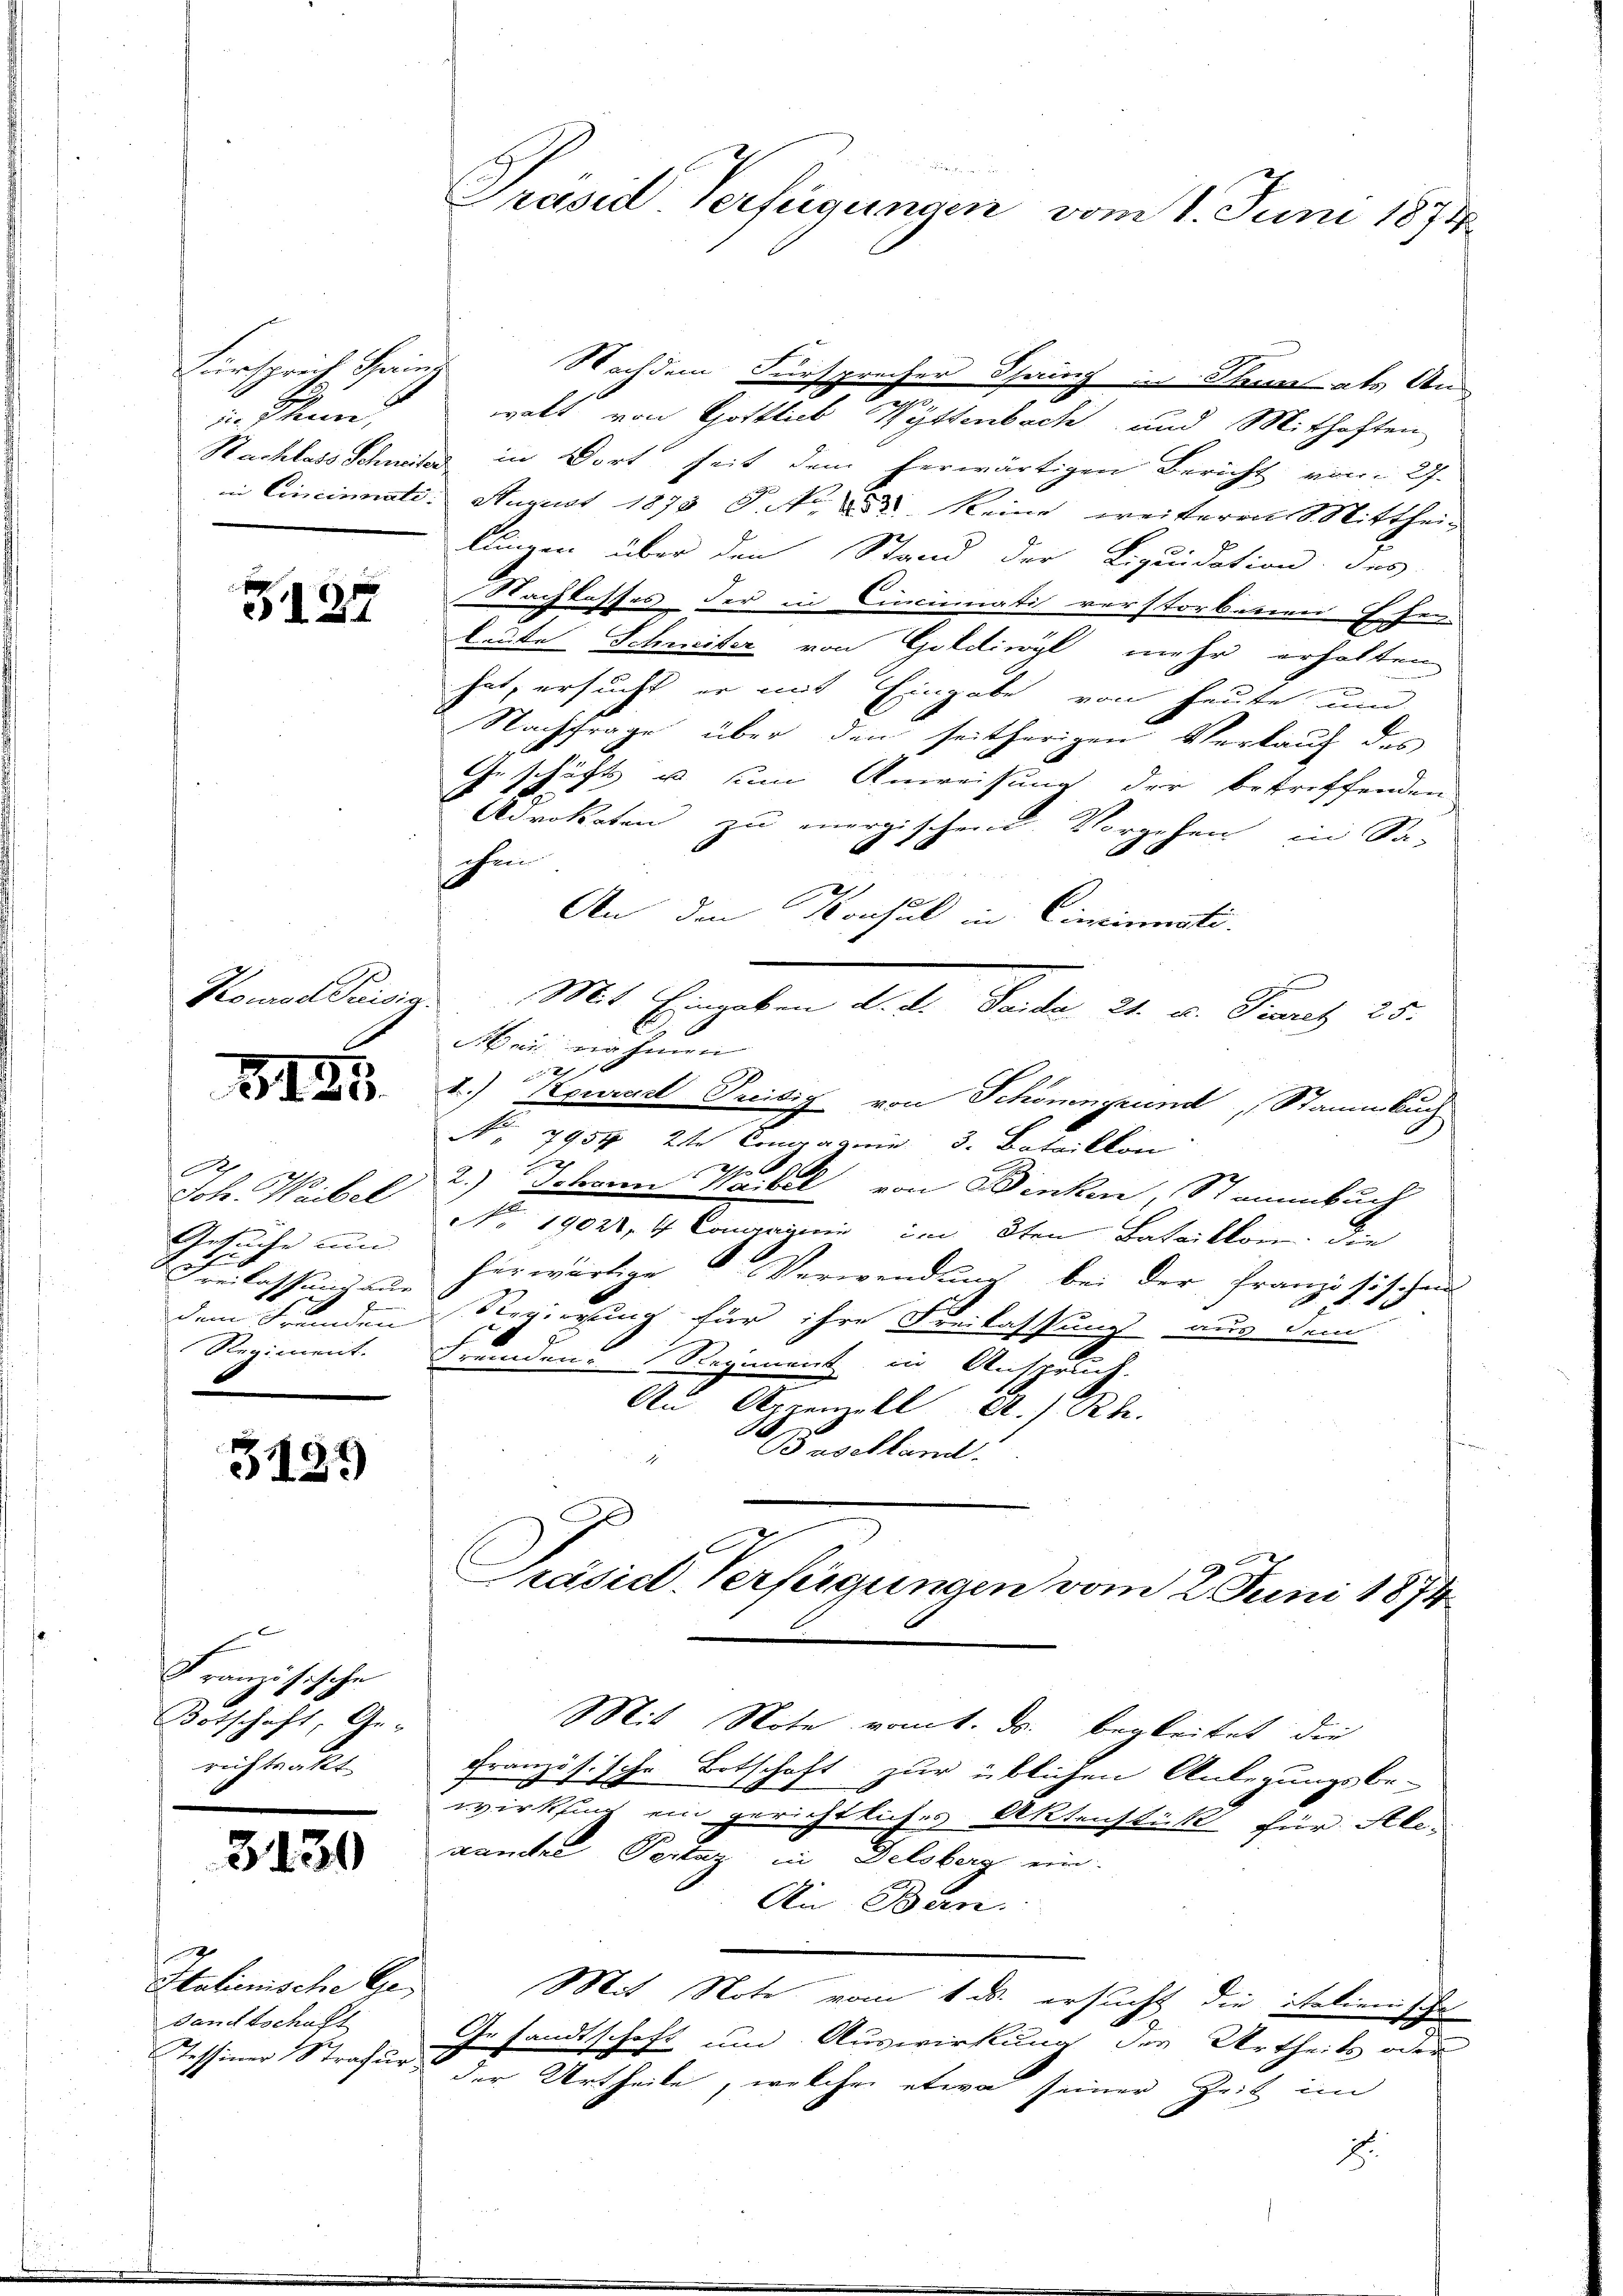
Fürsprich Heinr
i. Thun,

G127

ourod Prisis

3185

A
Joh. Waibel
Getuche und |
1 Faulassung au
e
dem Fremden
Regiment.

3129

Französische
Botschaft, Ge-
richtsakt

3130

4
Italienische Ge
Dandtschaft
Tessiner Strafur,

Präsid Verfügungen vom 1. Juni 1874

Nachdem Fürsprecher Phang in Thun als Un
d
walt von Gottlich Wyttenbach und Mithaften
Sachlass Schweiter in Dort seit dem herwärtigen Bericht vom 27.
in Cincinnate. August 1873 P. Nr. 252 Reine weiteren Mittheillingen über den Stand der Liquidation des
Nachlasses der in Cincinati verstorbenen Erse
leute Schmiter von Goldiwyl mehr erhalten
hat, ersucht er mit Eingabe von heute um
Nachfrage über den seitherigen Verkauf des
Geschäfts u sein Anweisung der betreffenden
Advokaten zu energischend. Vorgehen in Sa-
ehen
An den Konsul in Cincinati
ei nahmen
2
2.) Neurart Teitig von Schömngrund Stammbuch
No 795, 2te Congramin 3. Bataillon
x
Tho
2.) Johann Waibel von Dinken, Stammbuch
 19020, 4 Canarii im 3ten Bataikkon, die
fürwärtige Verwendŭng bei der Französischen
Regierung für ihre Freilassung aus dem
Fremden Regiment in Anspruch.
An Arzenell A. R.
Baselland.
Präsid. Verfügungen vom 2. Juni 1874
Mit Note vom 1. ds. begleitet, die
französische Botschaft zur üblichen Anlegungsbewirkling ein gerichtliches Aktenstück für Ale-
namten Seite Delsberg ein.
An Bern.
Mit Note vom 1. ds. ersucht die italienische
Gesandtschaft und Auswirkung der Urtheils oder
der Urtheile, welcher etwa seiner Zeit im
2.

Mit Ergeben die Standen ist v. Kunz is